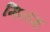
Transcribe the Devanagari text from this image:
मिनंग